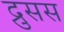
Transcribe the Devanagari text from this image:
द्रुसस